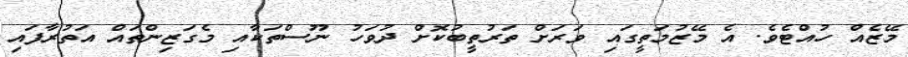
މޭޒެއް ހުއްޓެވެ. އެ މޭޒުމަތީގައި ވަރަށް ތަރުތީބުކޮށް ދުވަހު ނޫސްތަކާއި މެގަޒިންތައް އަތުރާފައި